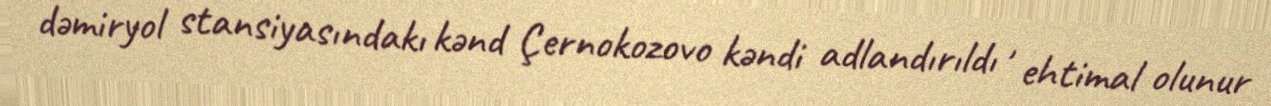
dəmiryol stansiyasındakı kənd Çernokozovo kəndi adlandırıldı , ehtimal olunur